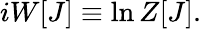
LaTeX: iW[J]\equiv\ln Z[J].